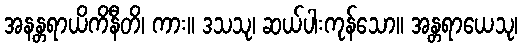
အနန္တရာယိကိနီတိ၊ ကား။ ဒသသု၊ ဆယ်ပါးကုန်သော။ အန္တရာယေသု၊